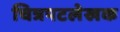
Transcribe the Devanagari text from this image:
चित्रपटलेखक